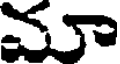
వూ